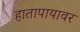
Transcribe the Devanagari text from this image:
हातापायावर